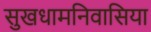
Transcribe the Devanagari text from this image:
सुखधामनिवासिया